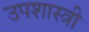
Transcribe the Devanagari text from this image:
उपशास्त्री